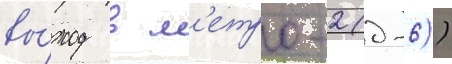
вы́ход в м'етро-2 (д-6))